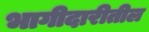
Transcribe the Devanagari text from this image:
भागीदारीतील